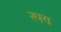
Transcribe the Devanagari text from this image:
स्फ्य